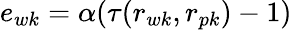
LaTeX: e_{wk}=\alpha(\tau(r_{wk},r_{pk})-1)